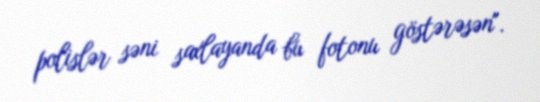
polislər səni saxlayanda bu fotonu göstərəsən".